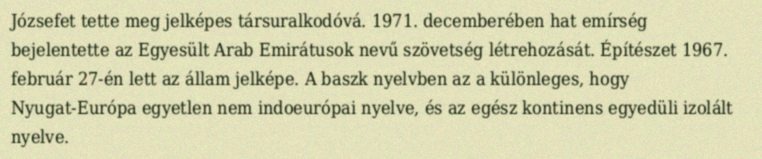
Józsefet tette meg jelképes társuralkodóvá. 1971. decemberében hat emírség bejelentette az Egyesült Arab Emirátusok nevű szövetség létrehozását. Építészet 1967. február 27-én lett az állam jelképe. A baszk nyelvben az a különleges, hogy Nyugat-Európa egyetlen nem indoeurópai nyelve, és az egész kontinens egyedüli izolált nyelve.